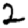
Digit: 2